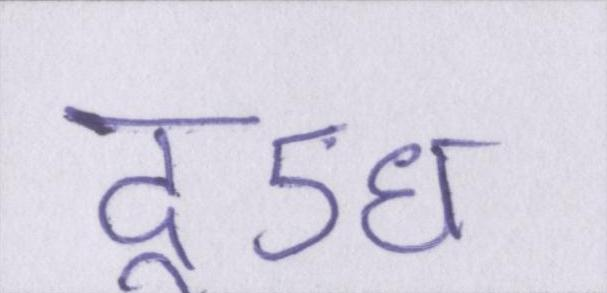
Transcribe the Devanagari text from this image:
दूऽध